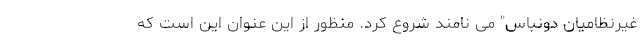
غیرنظامیان دونباس" می نامند شروع کرد. منظور از این عنوان این است که